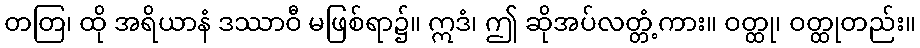
တတြ၊ ထို အရိယာနံ ဒဿာဝီ မဖြစ်ရာ၌။ ဣဒံ၊ ဤ ဆိုအပ်လတ္တံ့ကား။ ဝတ္ထု၊ ဝတ္ထုတည်း။